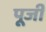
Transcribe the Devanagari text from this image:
पूजीं